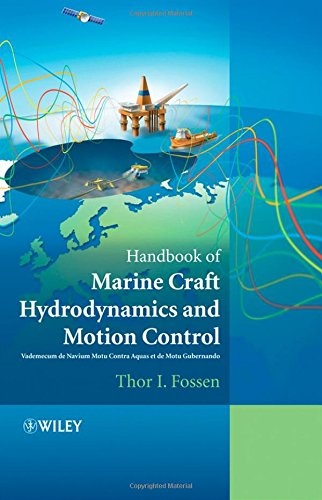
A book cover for Handbook of Marine Craft Hydrodynamics and Motion Control; Thor I. Fossen; Engineering & Transportation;